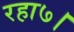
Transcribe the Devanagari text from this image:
रहा७।